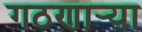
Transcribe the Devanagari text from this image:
गठणार्‍या